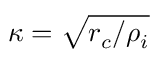
\kappa = \sqrt { r _ { c } / \rho _ { i } }